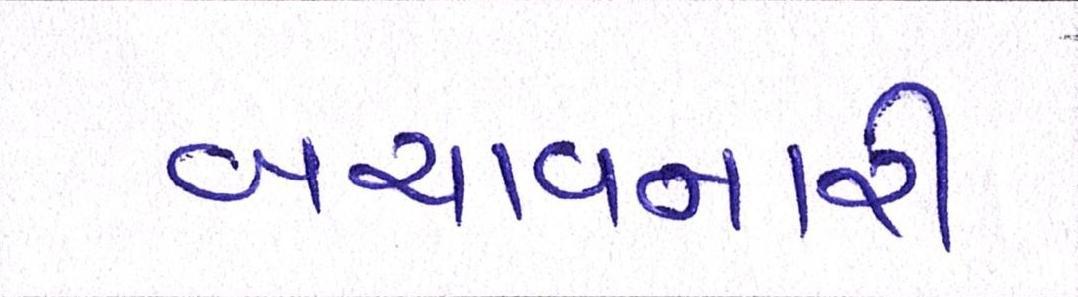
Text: બચાવનારી